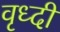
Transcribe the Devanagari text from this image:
वृध्दी